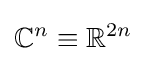
\mathbb {C} ^{n}\equiv \mathbb {R} ^{2n}